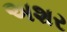
અશર